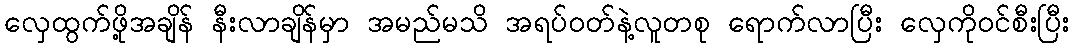
လှေထွက်ဖို့အချိန် နီးလာချိန်မှာ အမည်မသိ အရပ်ဝတ်နဲ့လူတစု ရောက်လာပြီး လှေကိုဝင်စီးပြီး